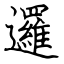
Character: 邏